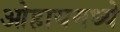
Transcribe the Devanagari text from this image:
ओहायमध्ये